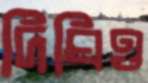
দিঘিও